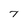
Character: 7